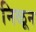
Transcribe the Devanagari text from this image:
निळून